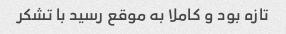
تازه بود و کاملا به موقع رسید با تشکر